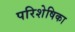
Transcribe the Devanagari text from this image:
परिशेषिका